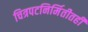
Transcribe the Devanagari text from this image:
चित्रपटनिर्मितीतही